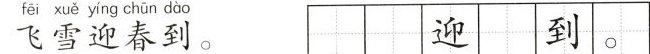
飞雪迎春到。 迎 到。